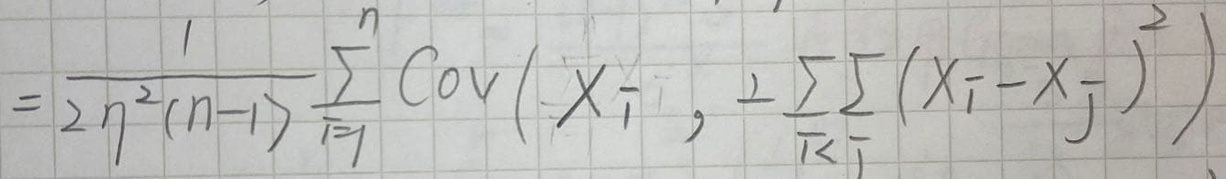
\[
=\frac{1}{2n^{2}(n - 1)}\sum_{i = 1}^{n}\mathrm{Cov}\left(X_{i},\frac{1}{2}\sum_{i<j}\sum(X_{i}-X_{j})^{2}\right)
\]